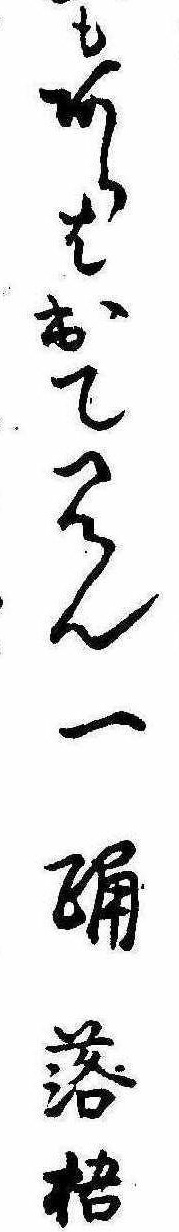
もあらは出て見ん一踊落梧